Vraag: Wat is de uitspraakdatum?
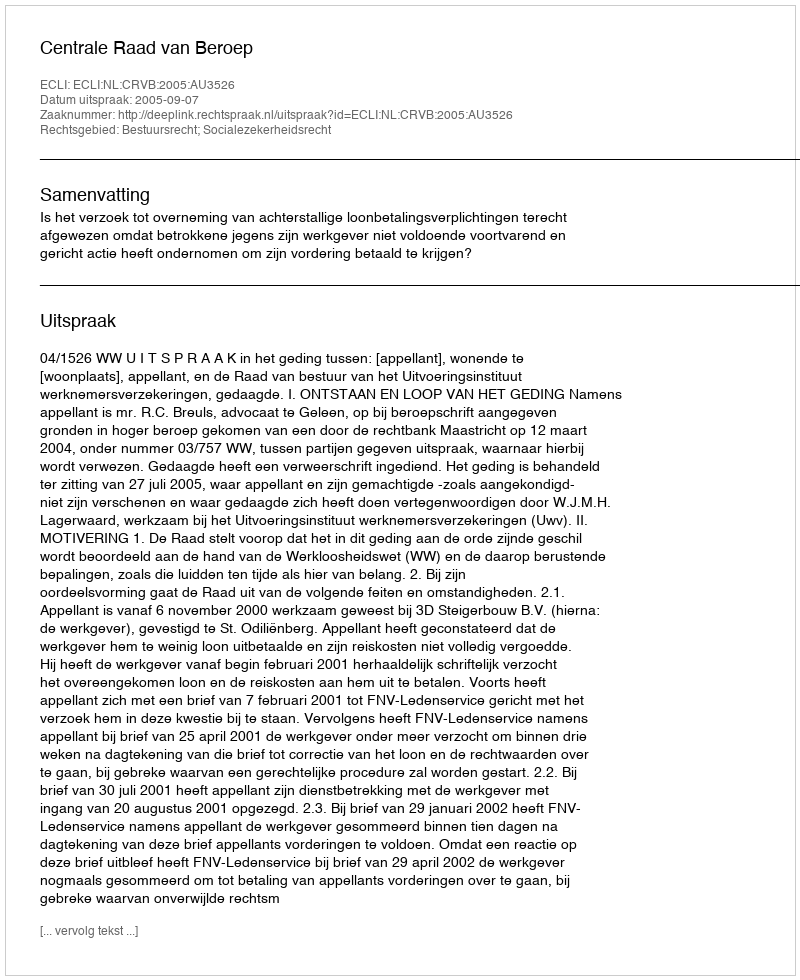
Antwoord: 2005-09-07